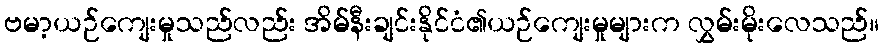
ဗမာ့ယဉ်ကျေးမှုသည်လည်း အိမ်နီးချင်းနိုင်ငံ၏ယဉ်ကျေးမှုများက လွှမ်းမိုးလေသည်။